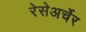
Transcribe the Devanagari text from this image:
रेसेअर्चेर